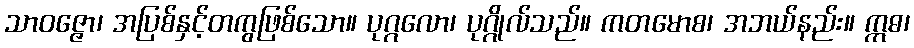
သာဝဇ္ဇော၊ အပြစ်နှင့်တကွဖြစ်သော။ ပုဂ္ဂလော၊ ပုဂ္ဂိုလ်သည်။ ကတမောစ၊ အဘယ်နည်း။ ဣဓ၊